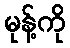
မုန့်ကို